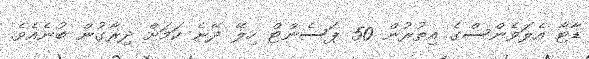
ޑާޓާ އެލަވެންސްގެ އިތުރުން 50 ޕަސެންޓް ހިލޭ ދޭނެ ކަަމަށް ދިރާގުން ބުނެއެވެ.